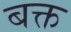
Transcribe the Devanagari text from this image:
बक्त